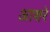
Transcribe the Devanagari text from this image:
आशरे